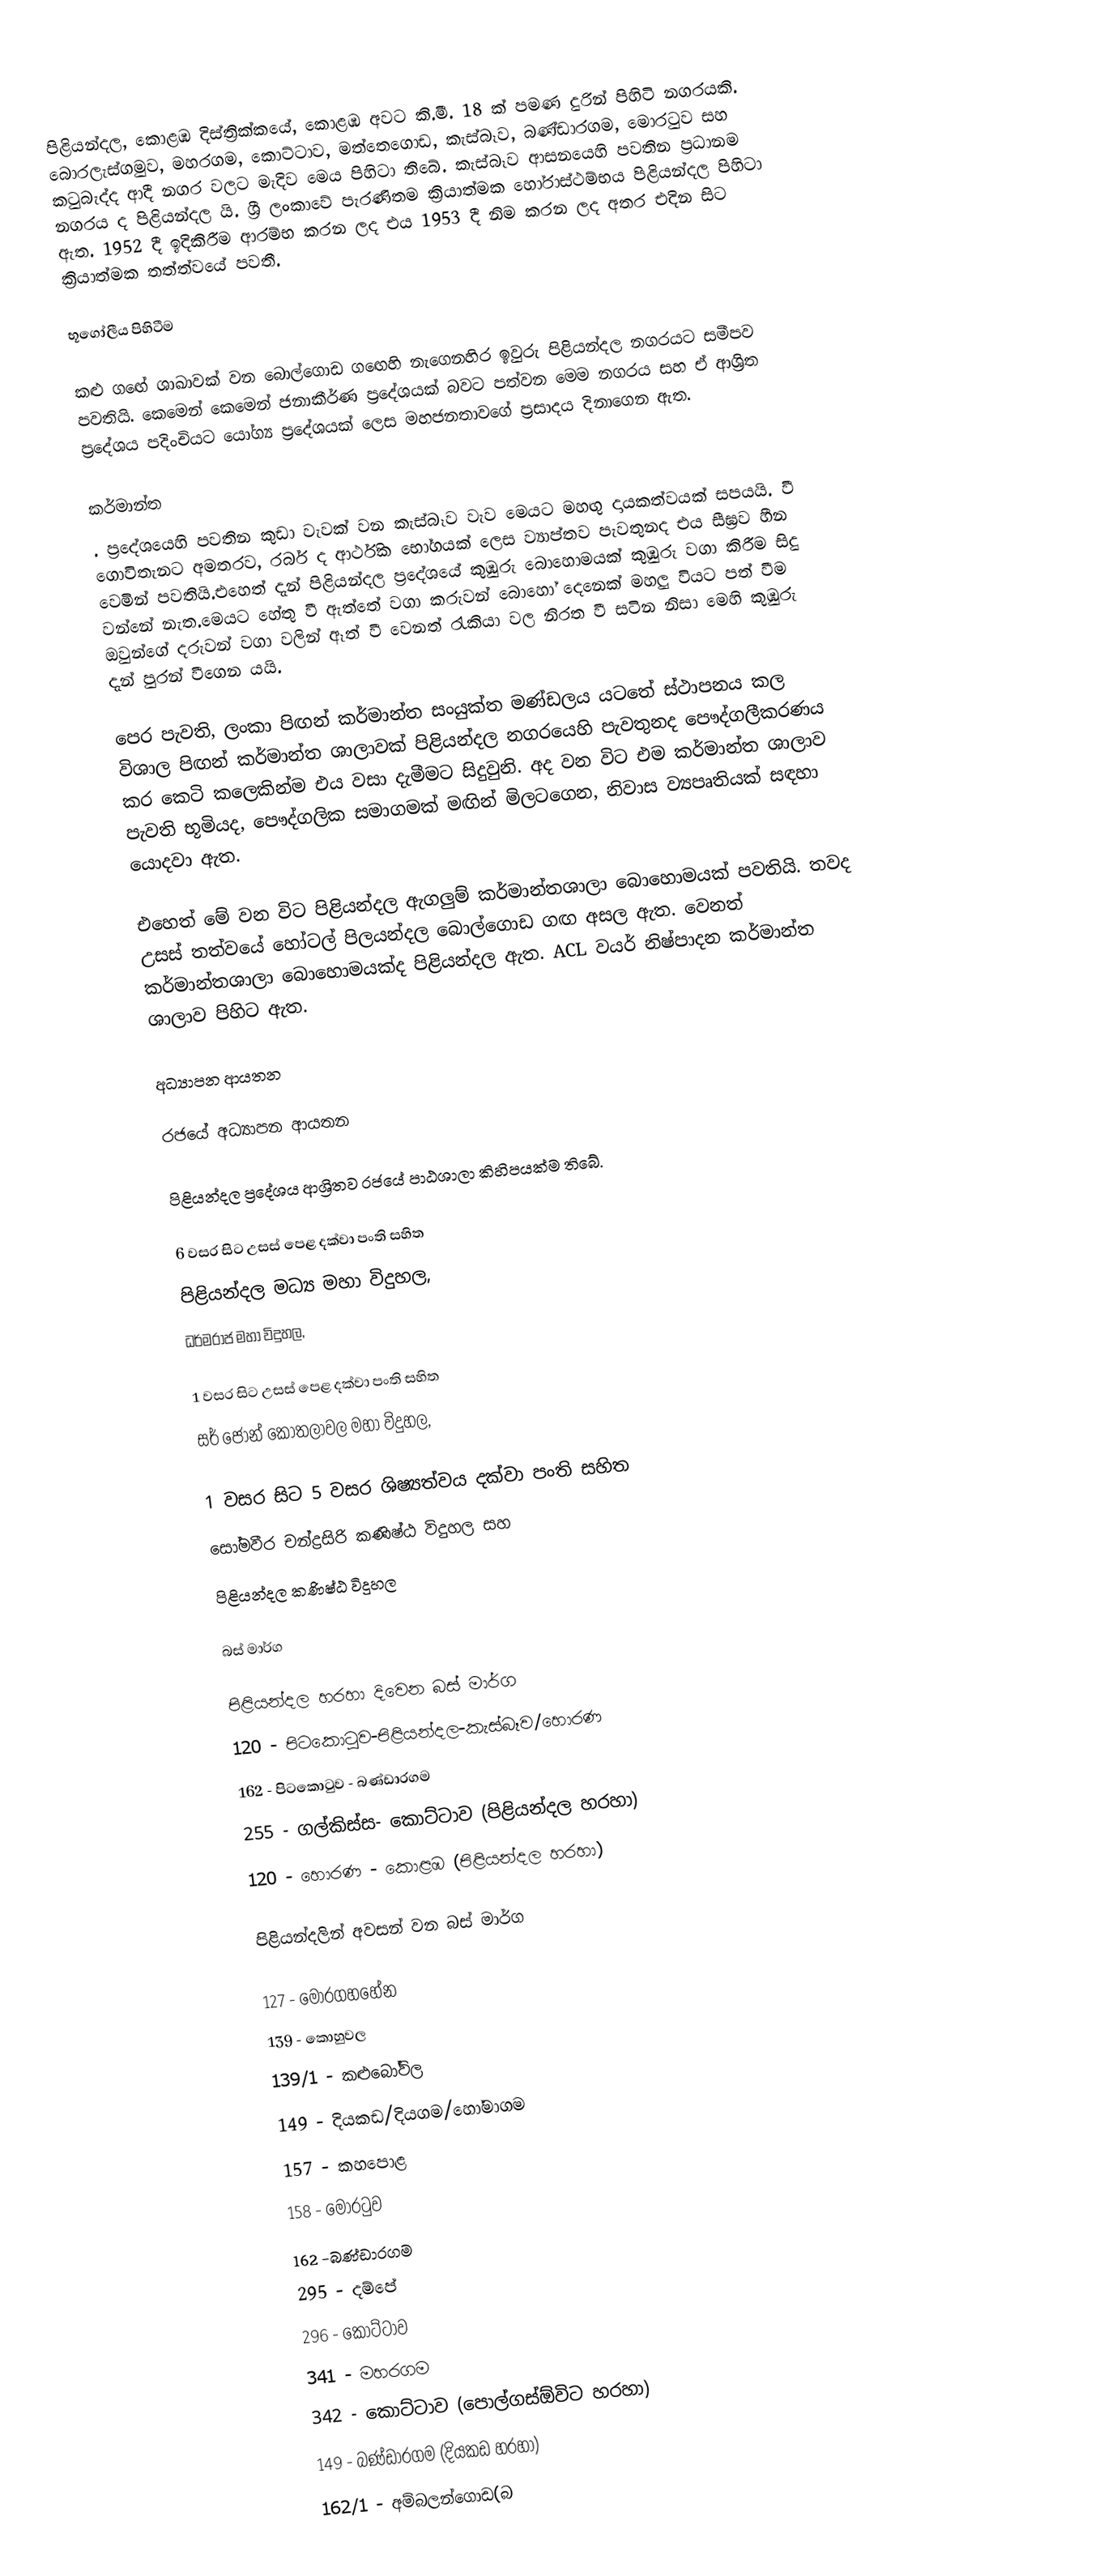
පිළියන්දල, කොළඹ දිස්ත්‍රික්කයේ, කොළඹ අවට කි.මී. 18 ක් පමණ දුරින් පිහිටි නගරයකි. බොරලැස්ගමුව, මහරගම, කොට්ටාව, මත්තෙගොඩ, කැස්බෑව, බණ්ඩාරගම, මොරටුව සහ කටුබැද්ද ආදී නගර වලට මැදිව මෙය පිහිටා තිබේ. කැස්බෑව ආසනයෙහි පවතින ප්‍රධානම නගරය ද පිළියන්දල යි. ශ්‍රී ලංකාවේ පැරණිතම ක්‍රියාත්මක හෝරාස්ථම්භය පිළියන්දල පිහිටා ඇත. 1952 දී ඉදිකිරීම ආරම්භ කරන ලද එය 1953 දී නිම කරන ලද අතර එදින සිට ක්‍රියාත්මක තත්ත්වයේ පවතී.

භූගෝලීය පිහිටීම

කළු ගඟේ ශාඛාවක් වන බොල්ගොඩ ගඟෙහි නැගෙනහිර ඉවුරු පිළියන්දල නගරයට සමීපව පවතියි. කෙමෙන් කෙමෙන් ජනාකීර්ණ ප්‍රදේශයක් බවට පත්වන මෙම නගරය සහ ඒ ආශ්‍රිත ප්‍රදේශය පදිංචියට යෝග්‍ය ප්‍රදේශයක් ලෙස මහජනතාවගේ ප්‍රසාදය දිනාගෙන ඇත.

කර්මාන්ත
. ප්‍රදේශයෙහි පවතින කුඩා වැවක් වන කැස්බෑව වැව මෙයට මහඟු දායකත්වයක් සපයයි. වී ගොවිතැනට අමතරව, රබර් ද ආර්ථික භෝගයක් ලෙස ව්‍යාප්තව පැවතුනද එය සීඝ්‍රව හීන වෙමින් පවතියි.එහෙත් දැන් පිළියන්දල ප්‍රදේශයේ කුඹුරු බොහොමයක් කුඹුරු වගා කිරීම සිදු වන්නේ නැත.මෙයට හේතු වී ඇත්තේ වගා කරුවන් බොහෝ දෙනෙක් මහලු වියට පත් වීම ඔවුන්ගේ දරුවන් වගා වලින් ඈත් වී වෙනත් රැකියා වල නිරත වී සටින නිසා මෙහි කුඹුරු දැන් පුරන් වීගෙන යයි.

පෙර පැවති, ලංකා පිඟන් කර්මාන්ත සංයුක්ත මණ්ඩලය යටතේ ස්ථාපනය කල විශාල පිඟන් කර්මාන්ත ශාලාවක් පිළියන්දල නගරයෙහි පැවතුනද පෞද්ගලීකරණය කර කෙටි කලෙකින්ම එය වසා දැමීමට සිදුවුනි. අද වන විට එම කර්මාන්ත ශාලාව පැවති භූමියද, පෞද්ගලික සමාගමක් මඟින් මිලටගෙන, නිවාස ව්‍යපෘතියක් සඳහා යොදවා ඇත.

එහෙත් මේ වන විට පිළියන්දල ඇගලුම් කර්මාන්තශාලා බොහොමයක් පවතියි. තවද උසස් තත්වයේ හෝටල් පිලයන්දල බොල්ගොඩ ගඟ අසල ඇත. වෙනත් කර්මාන්තශාලා බොහොමයක්ද පිළියන්දල ඇත. ACL වයර් නිෂ්පාදන කර්මාන්ත ශාලාව පිහිට ඇත.

අධ්‍යාපන ආයතන

රජයේ අධ්‍යාපන ආයතන

පිළියන්දල ප්‍රදේශය ආශ්‍රිතව රජයේ පාඨශාලා කිහිපයක්ම තිබේ.

6 වසර සිට උසස් පෙළ දක්වා පංති සහිත
 පිළියන්දල මධ්‍ය මහා විදුහල,
 ධර්මරාජ මහා විදුහල,

1 වසර සිට උසස් පෙළ දක්වා පංති සහිත
 සර් ජෝන් කොතලාවල මහා විදුහල,

1 වසර සිට 5 වසර ශිෂ්‍යත්වය දක්වා පංති සහිත
 සෝමවීර චන්ද්‍රසිරි කණිෂ්ඨ විදුහල සහ
 පිළියන්දල කණිෂ්ඨ විදුහල

බස් මාර්ග

පිළියන්දල හරහා දිවෙන බස් මාර්ග
 120  - පිටකො‍ටුව-පිළියන්දල-කැස්බෑව/හොරණ
 162  - පිටකො‍ටුව - බණ්ඩාරගම
 255  - ගල්කිස්ස- කොට්ටාව (පිළියන්දල හරහා)
 120  - හොරණ - කොළඹ (පිළියන්දල හරහා)

 පිළියන්දලින් අවසන් වන බස් මාර්ග

 127 - මොරගහහේන
 139 - කොහුවල
 139/1 - කළුබෝවිල
 149 - දියකඩ/දියගම/හෝමාගම
 157 - කහපොළ
 158 - මොර‍ටුව
 162  -බණ්ඩාරගම
 295 - දම්පේ
 296 - කොට්ටාව
 341 - මහරගම
 342 - කොට්ටාව (පොල්ගස්ඕවිට හරහා)
 149 - බණ්ඩාරගම (දියකඩ හරහා)
 162/1 - අම්බලන්ගොඩ(බ